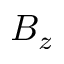
B _ { z }